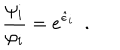
\frac { \psi _ { i } } { \varphi _ { i } } = e ^ { \hat { \epsilon } _ { i } } \ \ .